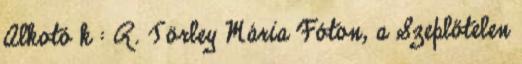
Alkotó k : R. Törley Mária Fóton, a Szeplőtelen